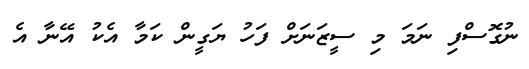
ނުގޮސްފި ނަމަ މި ސީޒަނަށް ފަހު ޔަގީން ކަމާ އެކު އޭނާ އެ